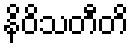
နိဝိသတီတိ